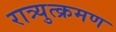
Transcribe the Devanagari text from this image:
रात्र्युत्क्रमण